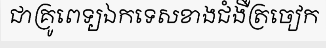
ជាគ្រូពេទ្យឯកទេសខាងជំងឺត្រចៀក